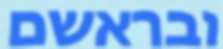
ובראשם